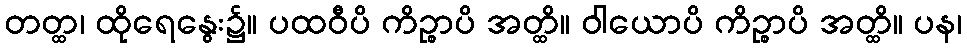
တတ္ထ၊ ထိုရေနွေး၌။ ပထဝီပိ ကိဉ္စာပိ အတ္ထိ။ ဝါယောပိ ကိဉ္စာပိ အတ္ထိ။ ပန၊